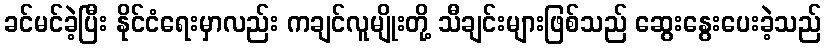
ခင်မင်ခဲ့ပြီး နိုင်ငံရေးမှာလည်း ကချင်လူမျိုးတို့ သီချင်းများဖြစ်သည် ဆွေးနွေးပေးခဲ့သည်